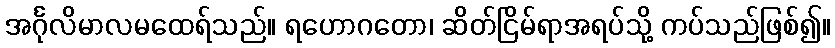
အင်္ဂုလိမာလမထေရ်သည်။ ရဟောဂတော၊ ဆိတ်ငြိမ်ရာအရပ်သို့ ကပ်သည်ဖြစ်၍။